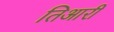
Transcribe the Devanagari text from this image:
तिआरी